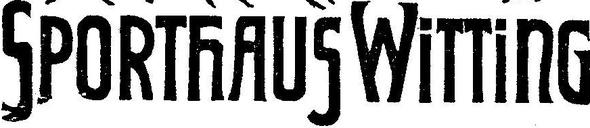
Sporthaus Witting